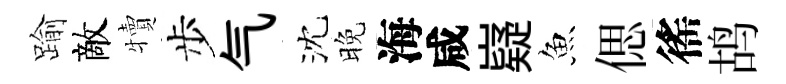
踰敵犢步气沈晚海咸嶷魚偲徭鸪